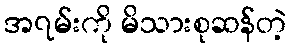
အ၇မ်းကို မိသားစုဆန်တဲ့